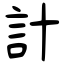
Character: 計